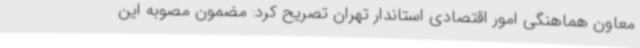
معاون هماهنگی امور اقتصادی استاندار تهران تصریح کرد: مضمون مصوبه این